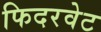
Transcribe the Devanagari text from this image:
फिदरवेट